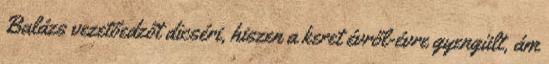
Balázs vezetőedzőt dicséri, hiszen a keret évről-évre gyengült, ám